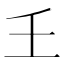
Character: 𡈼